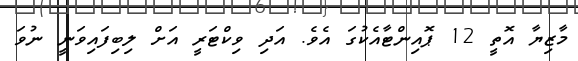
މާޒިޔާ އޮތީ 12 ޕޮއިންޓާއެކުގަ އެވެ. އަދި ވިކްޓަރީ އަށް ލިބިފައިވަނީ ނުވަ